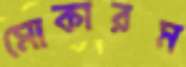
মোকারম